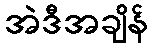
အဲဒီအချိန်